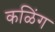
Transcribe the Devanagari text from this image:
कळिंग